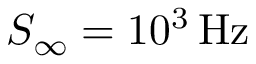
S _ { \infty } = 1 0 ^ { 3 } \, \mathrm { H z }